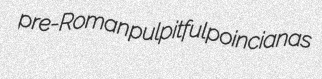
pre-Roman pulpitful poincianas